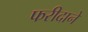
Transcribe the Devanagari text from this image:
फरीदाने